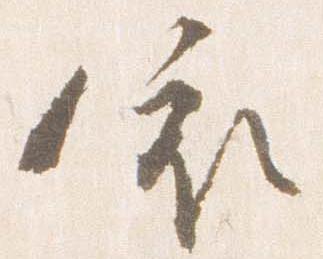
依